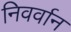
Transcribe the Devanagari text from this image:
निवर्वान